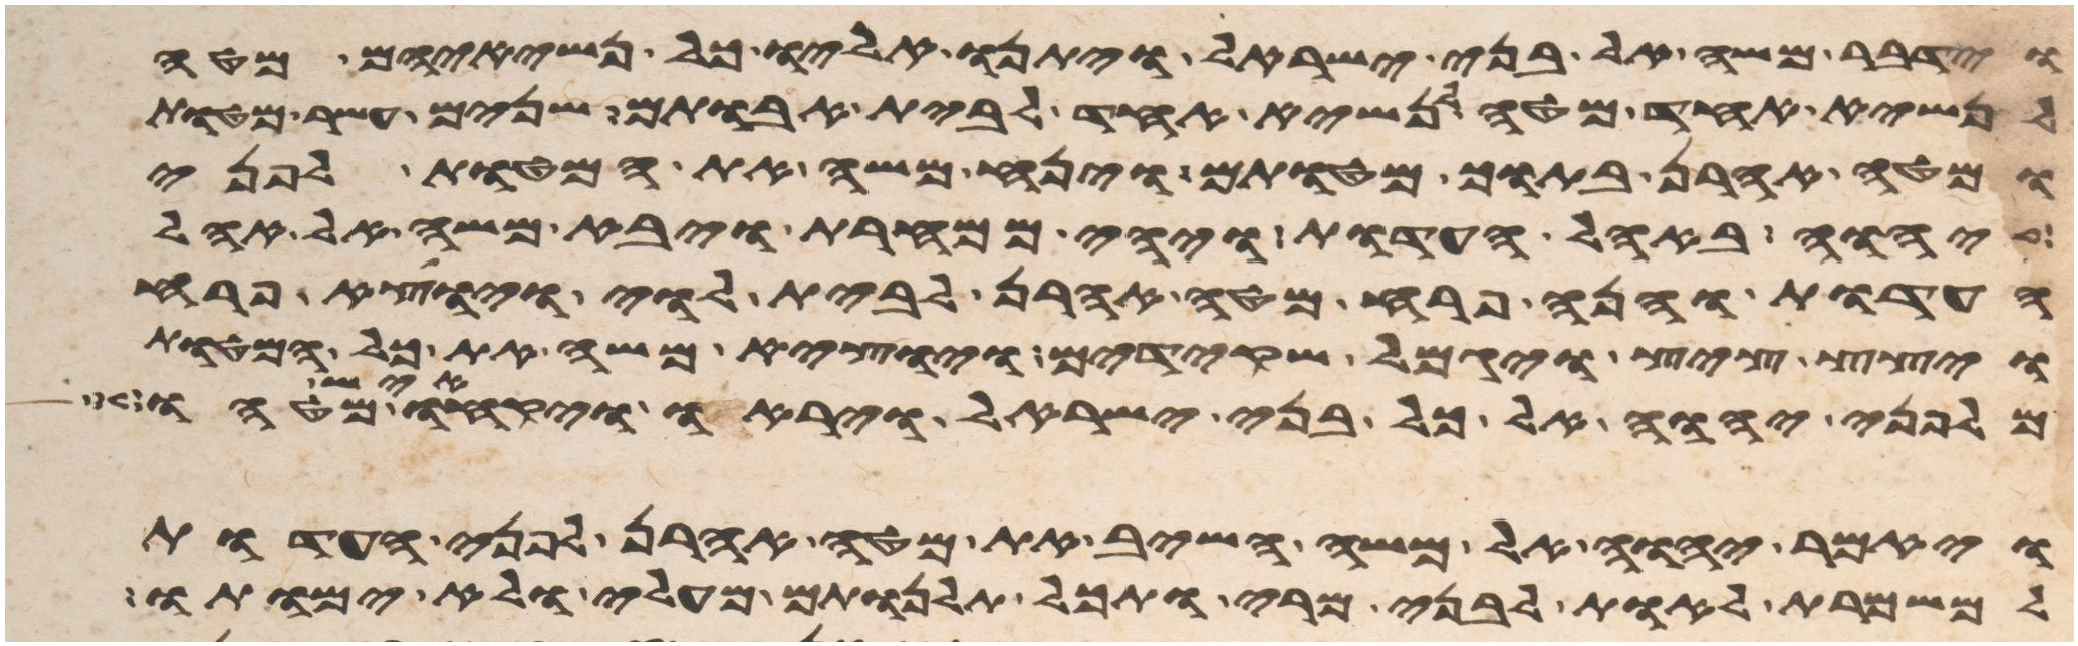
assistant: וידבר משה אל בני ישראל ויתנו אליו כל נשיאיהם מטה
לנשיא אחד מטה לנשיא אחד לבית אבותם שנים עשר מטות
ומטה אהרן בתוך מטותם וינח משה את המטות לפני
יהוה באהל העדות ויהי ממחרת ויבא משה אל אהל
העדות והנה פרח מטה אהרן לבית לוי ויוצא פרח
ויצץ ציץ ויגמל שקידים ויוצא משה את כל המטות
מלפני יהוה אל כל בני ישראל ויראו ויקחו איש מטהו
ויאמר יהוה אל משה השיב את מטה אהרן לפני העדות
למשמרת לאות לבני מרי ותכל תלנותם מעלי ולא ימותו